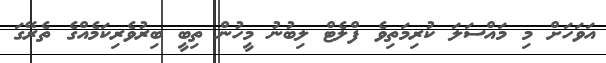
އަވަހަށް މި މައްސަލަ ކުރިމަތިވެ ފްލެޓް ލިބުނު މީހުން ތިބީ ބިރުވެރިކަމެއްގެ ތެރޭގަ